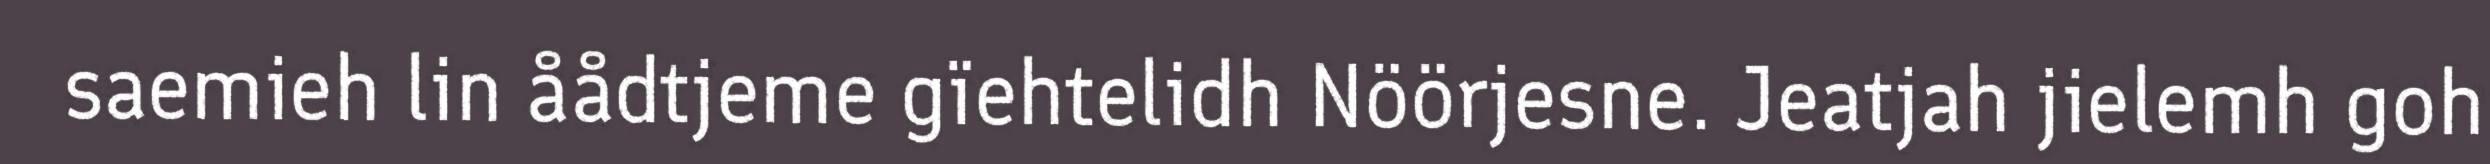
saemieh lin åådtjeme gïehtelidh Nöörjesne. Jeatjah jielemh goh